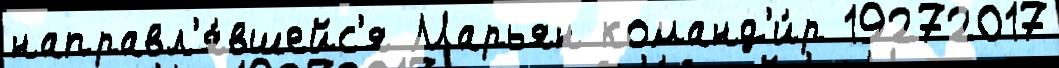
направл'я́вшейс'я Марьян команд'и́р 19272017